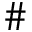
\#